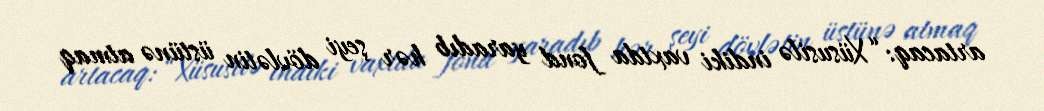
artacaq: “Xüsusilə indiki vaxtda fond yaradıb hər şeyi dövlətin üstünə atmaq